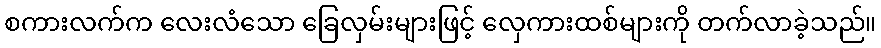
စကားလက်က လေးလံသော ခြေလှမ်းများဖြင့် လှေကားထစ်များကို တက်လာခဲ့သည်။